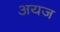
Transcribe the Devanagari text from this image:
अयज